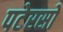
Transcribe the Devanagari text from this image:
पटेरसों